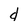
Character: d